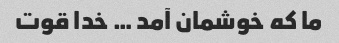
ما که خوشمان آمد … خدا قوت